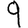
Digit: 9